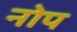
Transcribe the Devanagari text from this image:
नोप